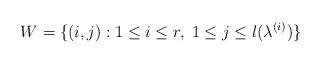
LaTeX: \begin{align*}W=\{(i,j): 1\leq i\leq r,\; 1\leq j \leq l(\lambda^{(i)})\}\end{align*}